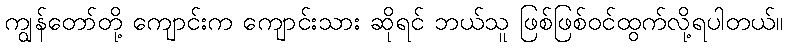
ကျွန်တော်တို့ ကျောင်းက ကျောင်းသား ဆိုရင် ဘယ်သူ ဖြစ်ဖြစ်ဝင်ထွက်လို့ရပါတယ်။